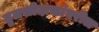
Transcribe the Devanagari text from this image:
तुलसीदासांवरील